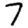
Digit: 7